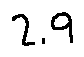
2 . 9